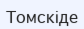
Томскіде